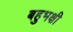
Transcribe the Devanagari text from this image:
बहुभक्षी